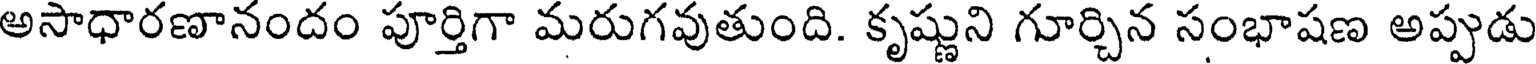
అసాధారణానందం పూర్తిగా మరుగవుతుంది. కృష్ణుని గూర్చిన సంభాషణ అప్పుడు